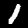
Digit: 1